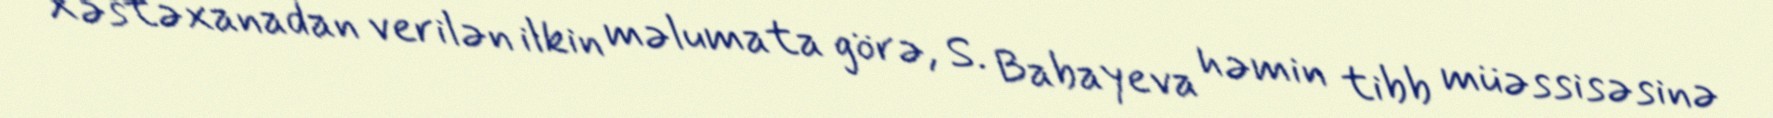
Xəstəxanadan verilən ilkin məlumata görə, S. Babayeva həmin tibb müəssisəsinə